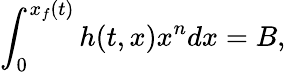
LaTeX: \int_{0}^{x_{f}(t)}h(t,x)x^{n}dx=B,